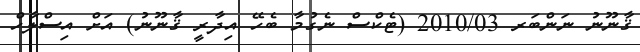
ޤާނޫނު ނަންބަރ 2010/03 (ޓެކްސް ނެގުމާ ބެހޭ އިދާރީ ޤާނޫނު) އަށް އިސްލާހް